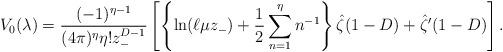
LaTeX: \begin{align*}V_0(\lambda) = {(-1)^{\eta-1}\over (4\pi)^\eta \eta! z_-^{D-1}}\left[ \left\{\ln(\ell\mu z_-)+{1\over 2} \sum_{n=1}^{\eta}n^{-1}\right\}\hat\zeta(1-D) +\hat\zeta'(1-D)\right]. \end{align*}